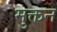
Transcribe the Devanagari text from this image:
मुक्तन